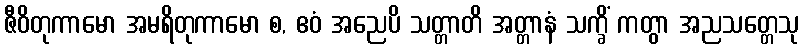
ဇီဝိတုကာမော အမရိတုကာမော စ, ဧဝံ အညေပိ သတ္တာတိ အတ္တာနံ သက္ခိံ ကတွာ အညသတ္တေသု